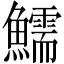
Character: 鱬